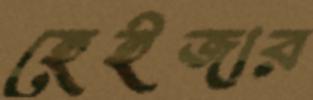
হেইজার